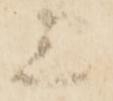
上